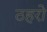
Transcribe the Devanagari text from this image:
ठहरो